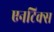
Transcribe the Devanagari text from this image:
एनटिक्स